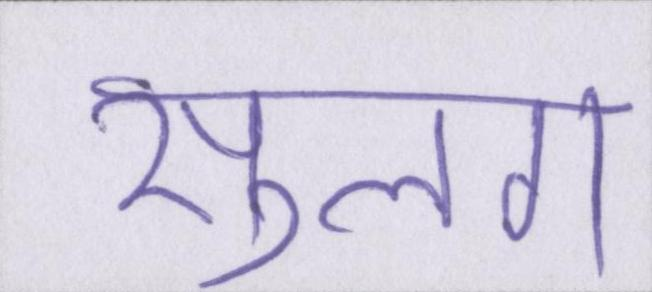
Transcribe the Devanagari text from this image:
सुलग